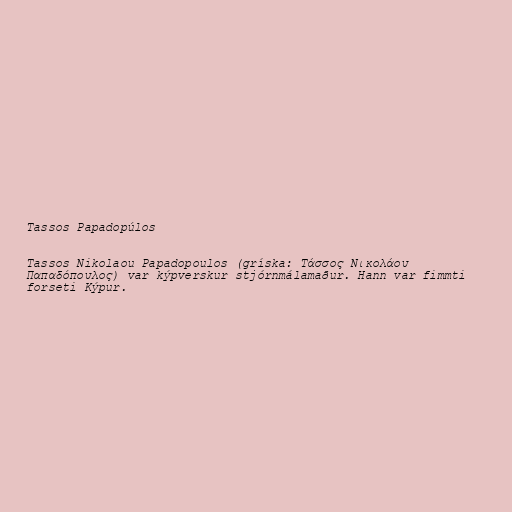
Tassos Papadopúlos

Tassos Nikolaou Papadopoulos (gríska: Τάσσος Νικολάου
Παπαδόπουλος) var kýpverskur stjórnmálamaður. Hann var fimmti
forseti Kýpur.